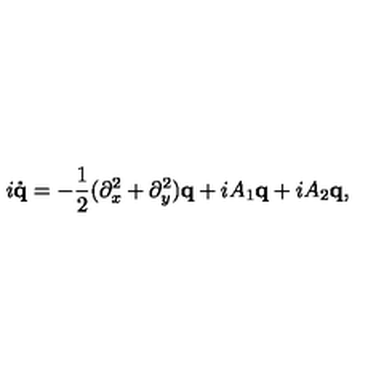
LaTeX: i { \bf \dot { q } } = - \frac { 1 } { 2 } ( \partial _ { x } ^ { 2 } + \partial _ { y } ^ { 2 } ) { \bf q } + i A _ { 1 } { \bf q } + i A _ { 2 } { \bf q } ,